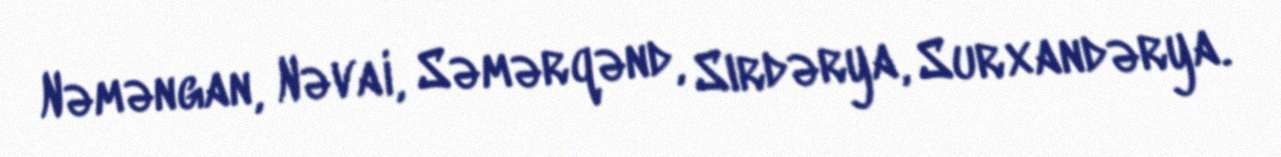
Nəməngan, Nəvai, Səmərqənd, Sırdərya, Surxandərya.